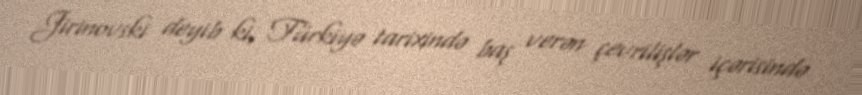
Jirinovski deyib ki, Türkiyə tarixində baş verən çevrilişlər içərisində